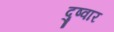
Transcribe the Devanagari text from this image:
दुष्वार